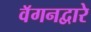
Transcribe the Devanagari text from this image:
वॅगनद्वारे